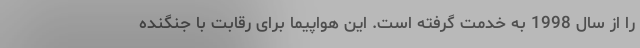
را از سال 1998 به خدمت گرفته است. این هواپیما برای رقابت با جنگنده